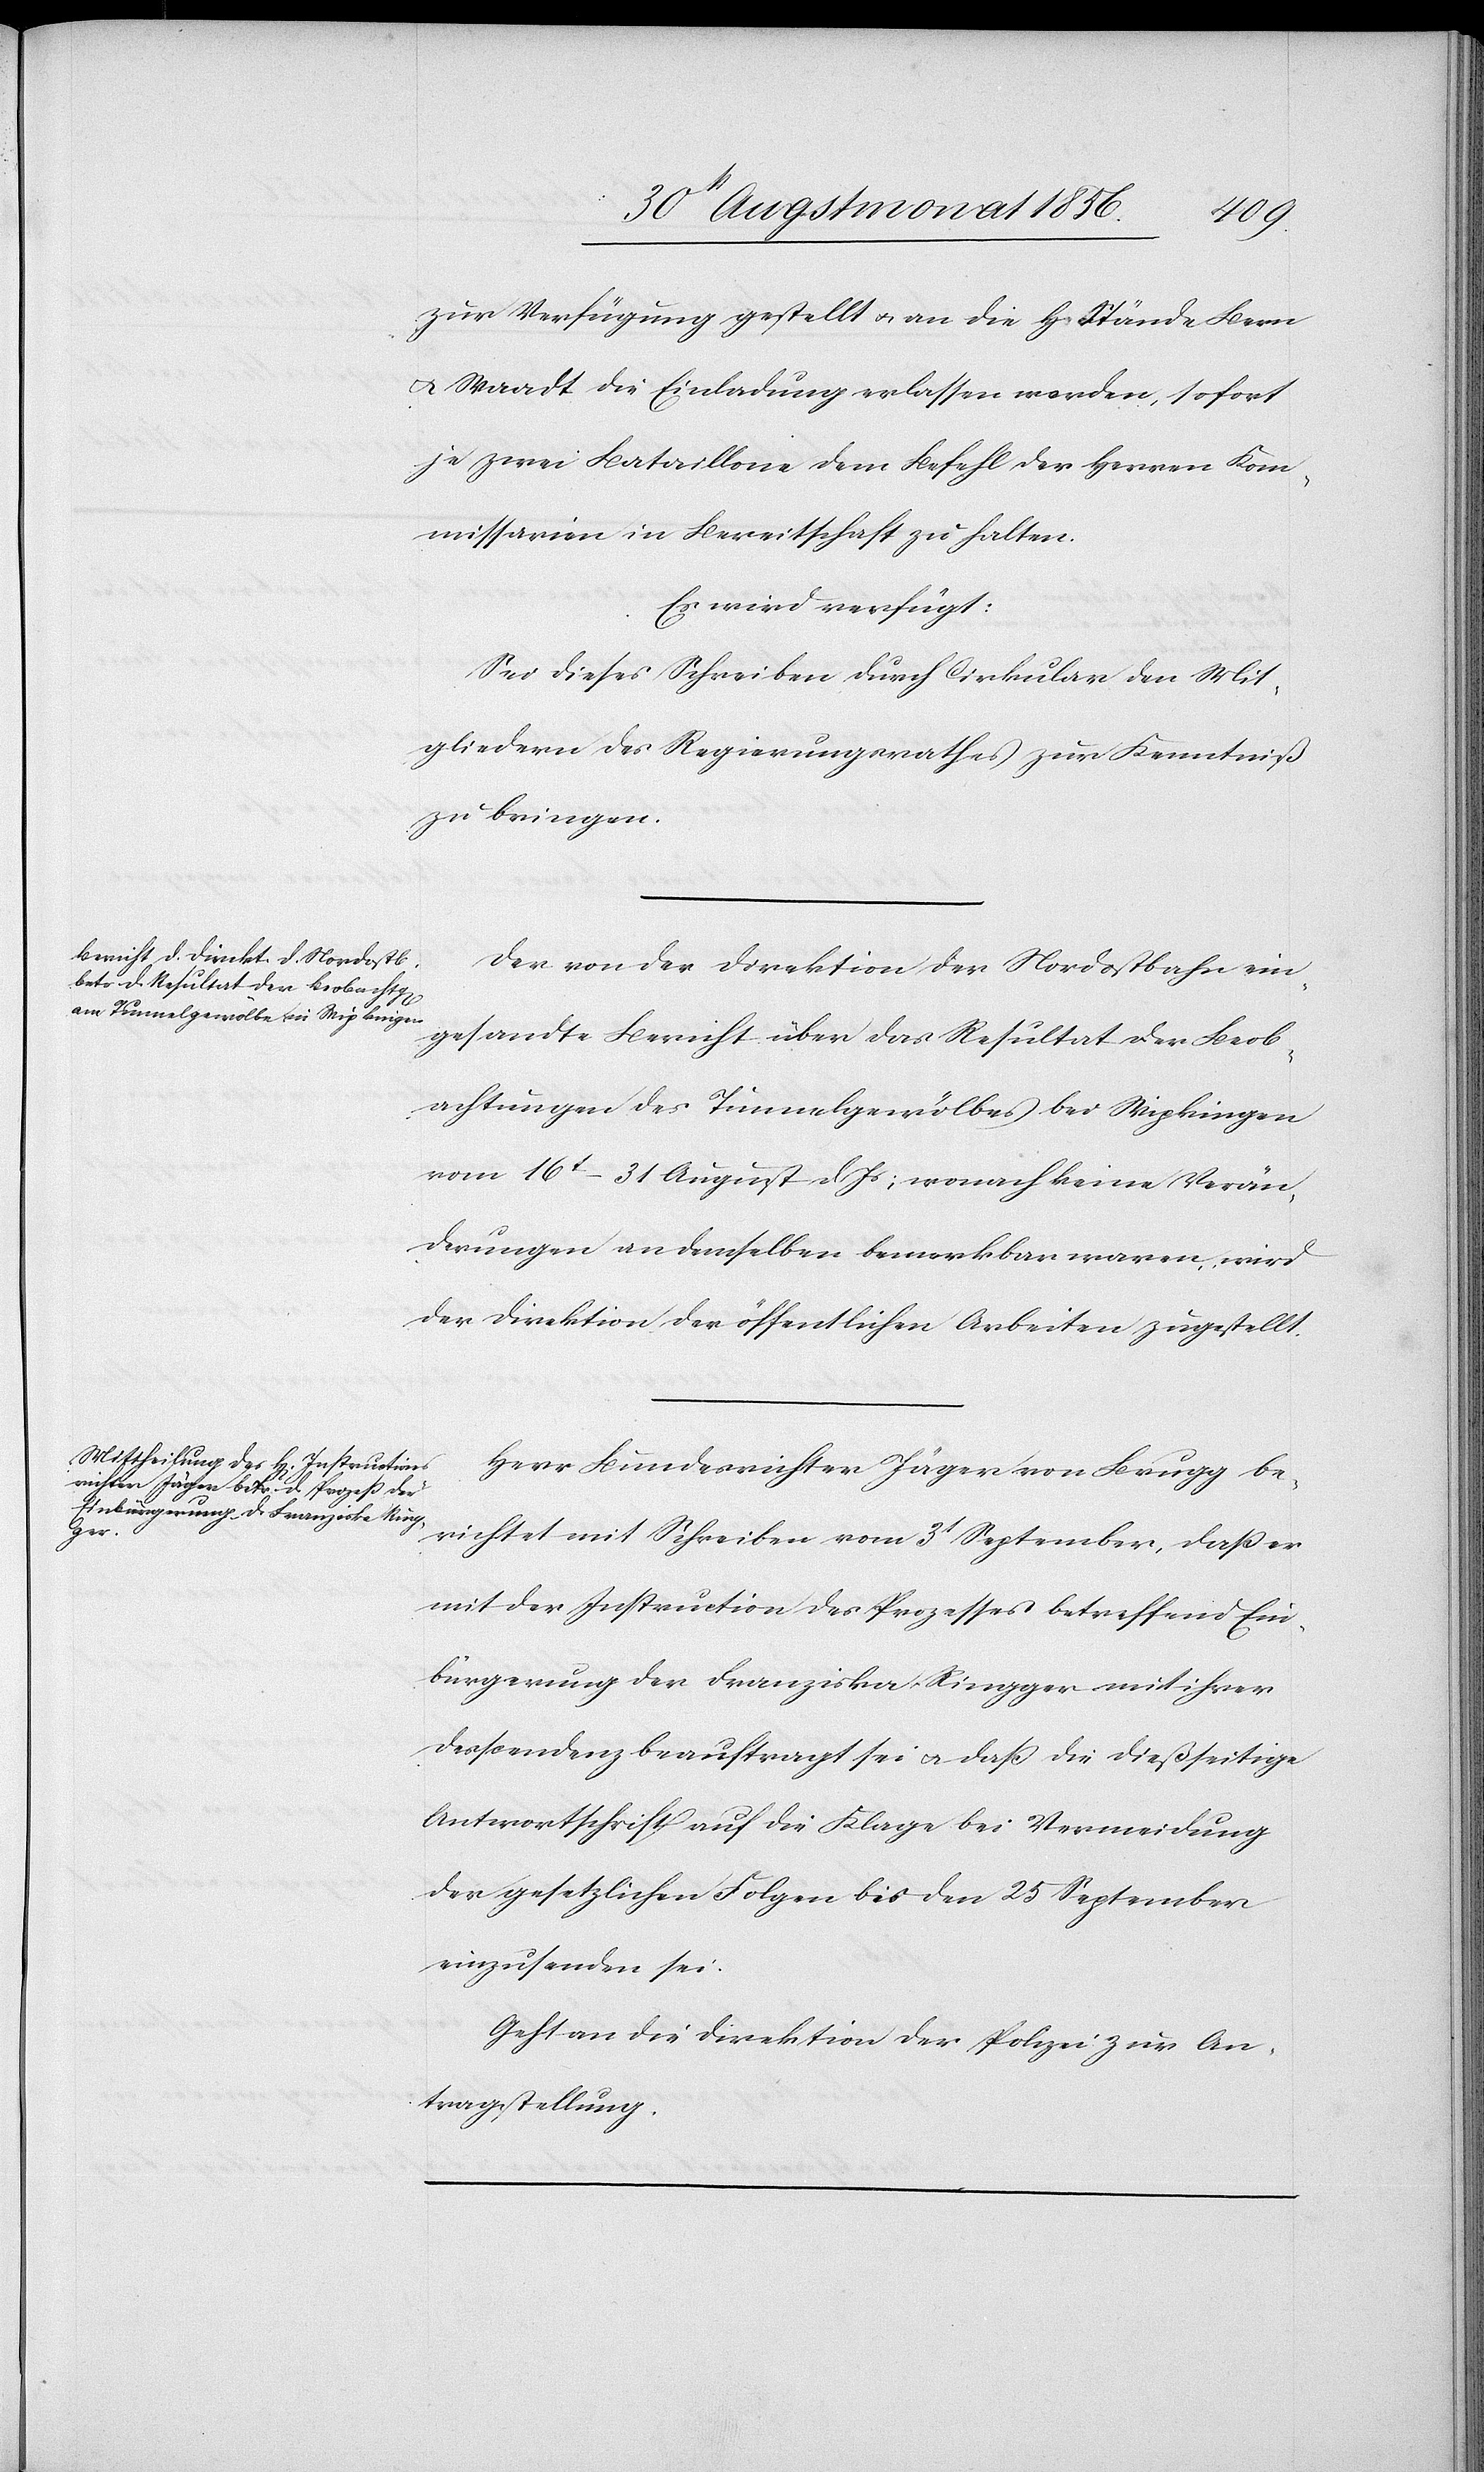
die¬

4t Herbstmonat 1856.]
ßseitige
zur Verfügung gestellt u. an die H. Stände Bern
u. Waadt die Einladung erlassen worden, sofort
je zwei Bataillone dem Befehl der Herren Kom¬
missarien in Bereitschaft zu halten.
Es wird verfügt:
Sei dieses Schreiben durch Cirkular den Mit¬
gliedern des Regierungsrathes zur Kenntniß
zu bringen.
Der von der Direktion der Nordostbahn ein¬
gesandte Bericht über das Resultat der Beob¬
achtungen des Tunnelgewölbes bei Wipkingen
vom 16t–31 August d Js; wonach keine Verän¬
derungen an demselben bemerkbar waren, wird
der Direktion der öffentlichen Arbeiten zugestellt.
Herr Bundesrichter Jäger von Brugg be¬
richtet mit Schreiben vom 3t September, dass er
mit der Instruction des Prozesses betreffend Ein¬
bürgerung der Franziska Ringger mit ihrer
Antwortschrift auf die Klage bei Vermeidung
der gesetzlichen Folgen bis den 25 September
einzusenden sei.
Geht an die Direktion der Polizei zur An¬
tragstellung.